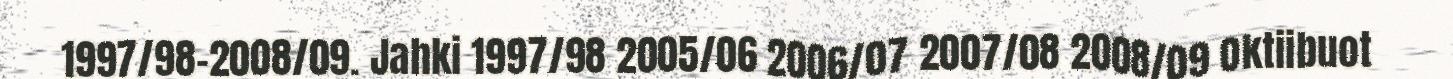
1997/98–2008/09. Jahki 1997/98 2005/06 2006/07 2007/08 2008/09 Oktiibuot